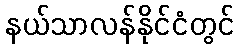
နယ်သာလန်နိုင်ငံတွင်